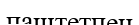
паштетпен